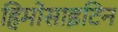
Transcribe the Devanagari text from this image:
हिमोसाइटिन